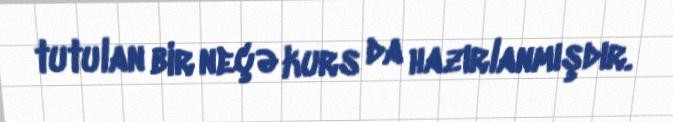
tutulan bir neçə kurs da hazırlanmışdır.